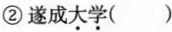
②遂成\underset{·}{大}\underset{·}{学}()